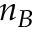
n _ { B }